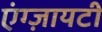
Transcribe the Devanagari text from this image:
एंग्ज़ायटी